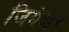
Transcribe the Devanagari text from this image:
जियेव्हर